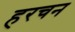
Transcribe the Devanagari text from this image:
हरचन